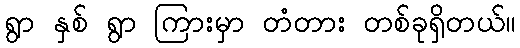
ရွာ နှစ် ရွာ ကြားမှာ တံတား တစ်ခုရှိတယ်။